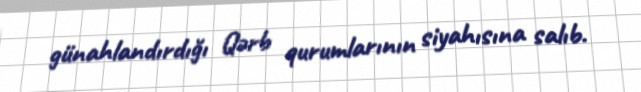
günahlandırdığı Qərb qurumlarının siyahısına salıb.